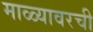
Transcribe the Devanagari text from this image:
माळ्यावरची